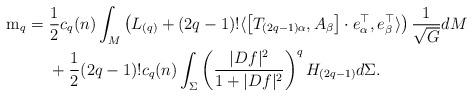
LaTeX: \begin{align*}\mathrm{m}_q = & \ \frac{1}{2} c_q(n) \int_M \left(L_{(q)} + (2q-1)! \langle \left[ T_{(2q-1)\alpha}, A_{\beta} \right] \cdot e_{\alpha}^{\top}, e_{\beta}^{\top} \rangle \right) \frac{1}{\sqrt{G}} dM \\{ } & \ + \frac{1}{2} (2q-1)! c_q(n) \int_{\Sigma} \left( \frac{|Df|^2}{1 + |Df|^2} \right)^q H_{(2q-1)} d\Sigma. \end{align*}